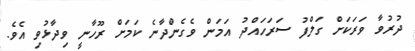
ދުރުވާ ވަރަކަށް ގަލްފު ސަރަހައްދު އަމަން ވެގެންދާނެ ކަމަށް ރޫހާނީ ވިދާޅުވި އެވެ.